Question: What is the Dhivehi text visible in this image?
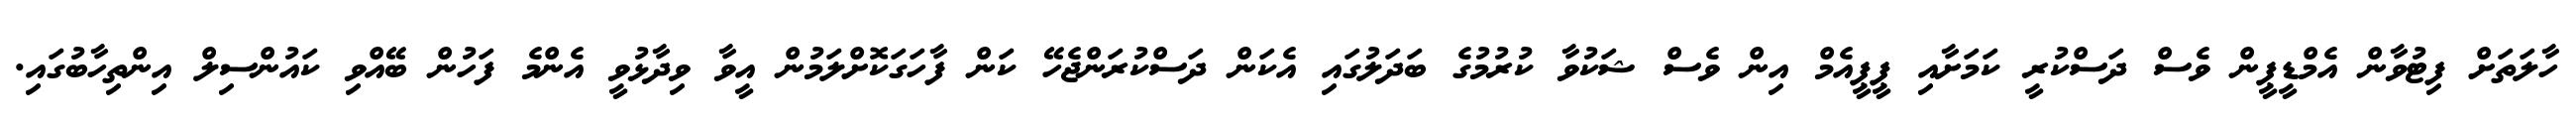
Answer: ހާލަތަށް ފިޓުވާން އެމްޑީޕީން ވެސް ދަސްކުރީ ކަމަށާއި ޕީޕީއެމް އިން ވެސް ޝަކުވާ ކުރުމުގެ ބަދަލުގައި އެކަން ދަސްކުރަންޖެހޭ ކަން ފާހަގަކޮށްލަމުން އީވާ ވިދާޅުވީ އެންމެ ފަހުން ބޭއްވި ކައުންސިލް އިންތިހާބުގައި.